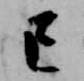
已